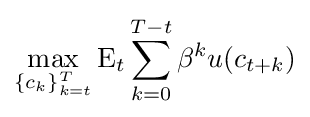
\max _{\{c_{k}\}_{k=t}^{T}}\operatorname {E} _{t}\sum _{k=0}^{T-t}\beta ^{k}u(c_{t+k})